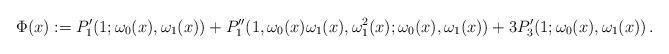
LaTeX: \begin{align*} \Phi(x) := P'_1(1; \omega_0(x), \omega_1(x)) + P''_1(1, \omega_0(x)\omega_1(x), \omega_1^2(x); \omega_0(x), \omega_1(x)) + 3 P'_3(1; \omega_0(x), \omega_1(x)) \, .\end{align*}